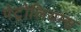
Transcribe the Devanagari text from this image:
पेट्रोलियम्स